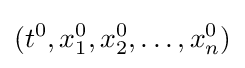
(t^{0},x_{1}^{0},x_{2}^{0},\dots ,x_{n}^{0})